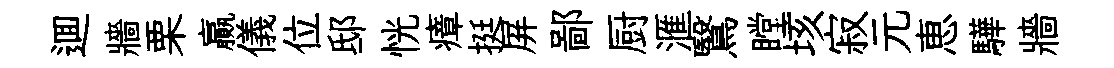
逥牆栗贏儀位邸恍瘴挺屏鄙厨滙鷖瞠垓寂元恵驊牆